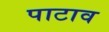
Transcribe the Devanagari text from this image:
पाटाव